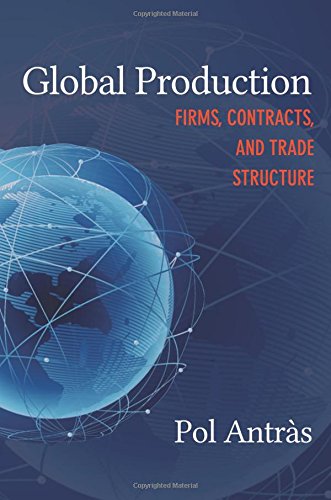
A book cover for Global Production: Firms, Contracts, and Trade Structure (CREI Lectures in Macroeconomics); Pol AntrÃ s; Business & Money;